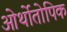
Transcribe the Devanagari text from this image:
ओर्थोतोपिक